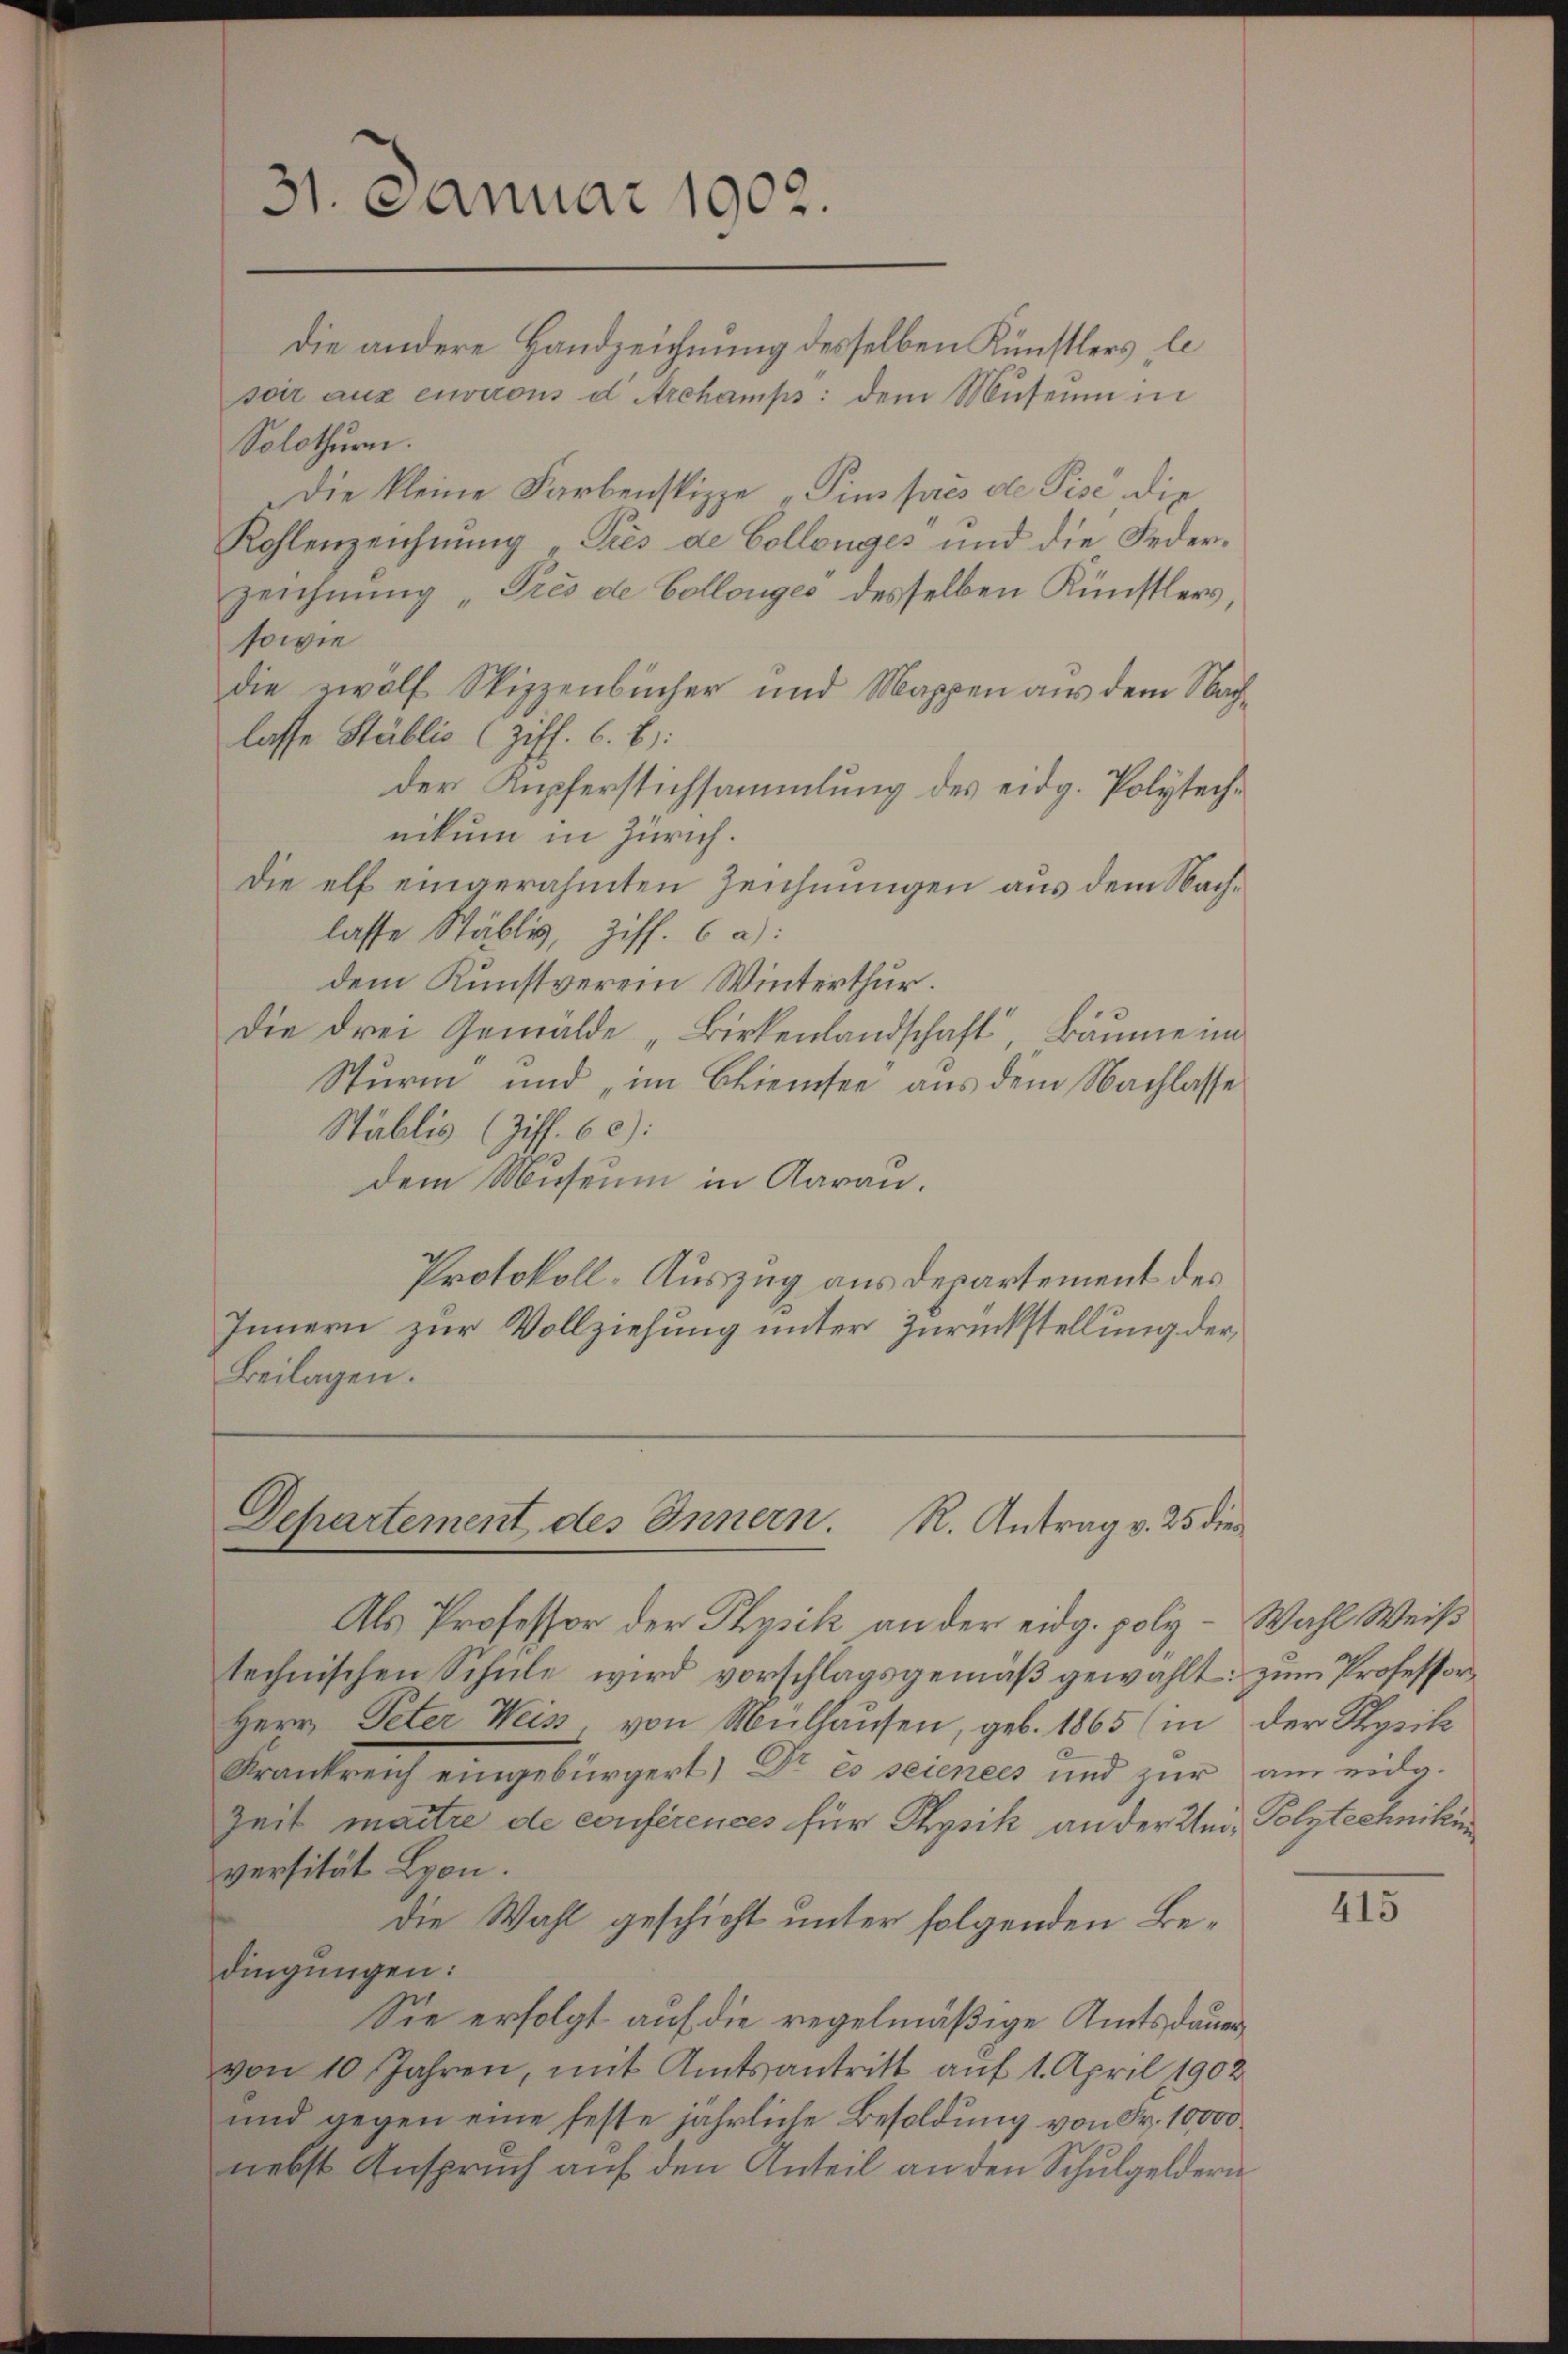
die andere Handzeichnung desselben Künstlers, le
soir aus environs d Archamps: dem Museum in
Solothurn.
Die kleine Farbenspizze „Pins prés de Pise, die
Kohlenzeichnung "Prés de Collenges und die Federzeichnung "Prés de Collonges desselben Künstlers,
sowie
die zwölf Skizzenbücher und Mappen aus dem Nachlasse Stäblic (Ziff. C. b):
der Kupferstichsammlung des eidg. Polytechnikum in Zürich.
Die elf eingerahmten Zeichnungen aus dem Nachlasse Stäbli, Ziff. 6 a):
dem Kunstverein Winterthur.
Die drei Gemälde „Birkenlandschaft“, Bäume im
Sturm und „im Cliensee aus dem Nachlasse
Stäblis (Ziff. 60):
dem Museum in Aarau.
Protokoll-Auszug aus Departement des
Innern zur Vollziehung unter Zurückstellung der
Beilagen.

31. Januar 1902.

Departement des Innern. R. Antrag v. 25 dies

Als Professor der Physik an der eidg. poly. – Wahl Weiß
technischen Schŭle wird vorschlagsgemäβ gewählt: zum Professor
Herr Peter Weiss von Mülhausen, geb. 1865 in der Physike
Frankreich eingebürgert) Dr. Es seiners und zur am eidg.
Zeit maître de conférences für Physik an der Und Polytechniku
versität Lyon.
die Wahl geschicht unter folgenden Bedingungen:
Sie erfolgt auf die regelmäßige Amtsdauer
von 10 Jahren, mit Amtsantritt auf 1. April 1902
und gegen eine feste jährliche Besoldung von Fr. 10000
nebst Anspruch auf den Anteil an den Schulgeldern

415